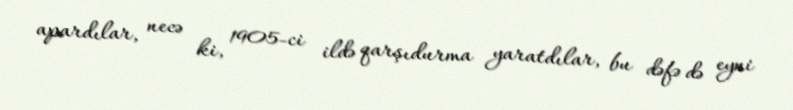
apardılar, necə ki, 1905-ci ildə qarşıdurma yaratdılar, bu dəfə də eyni